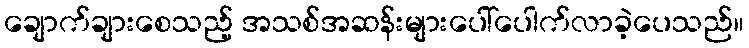
ချောက်ချားစေသည့် အသစ်အဆန်းများပေါ်ပေါက်လာခဲ့ပေသည်။